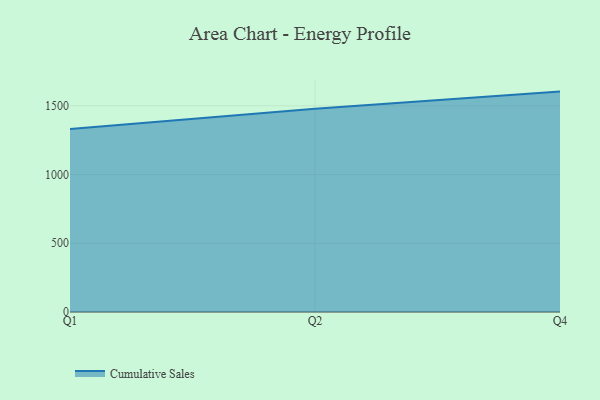
{"axis": {"x": "Quarter", "y": "Churn Rate (%)"}, "legend": ["Cumulative Sales"], "data": [{"x": "Q1", "y": 1330.8, "type": "Cumulative Sales"}, {"x": "Q2", "y": 1478.5, "type": "Cumulative Sales"}, {"x": "Q4", "y": 1602.8, "type": "Cumulative Sales"}]}